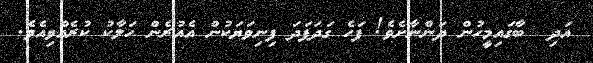
އަދި  ބާގައިމީހުން ދަންނާށެވެ! ފަހެ ގަދަފަދަ ފިނިވަޔަކުން އެއުރެން ހަލާކު ކުރެއްވިއެވެ.